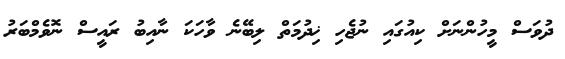
ދުވަސް މީހުންނަށް ކިއުގައި ނުޖެހި ޚިދުމަތް ލިބޭނެ ވާހަކަ ނާއިބު ރައީސް ނޮވެމްބަރު